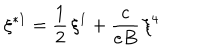
\xi ^ { \ast 1 } = \frac { 1 } { 2 } \, \xi ^ { 1 } + \frac { c } { e B } \, \xi ^ { 4 }